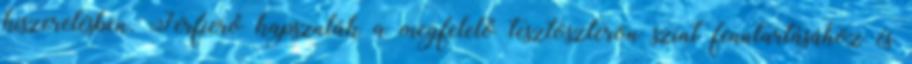
kiszerelésben. Férfierő kapszulák a megfelelő tesztoszteron szint fenntartásához és